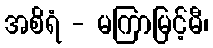
အစိရံ - မကြာမြင့်မီ၊